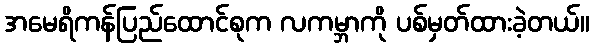
အမေရိကန်ပြည်ထောင်စုက လကမ္ဘာကို ပစ်မှတ်ထားခဲ့တယ်။